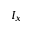
I _ { x }